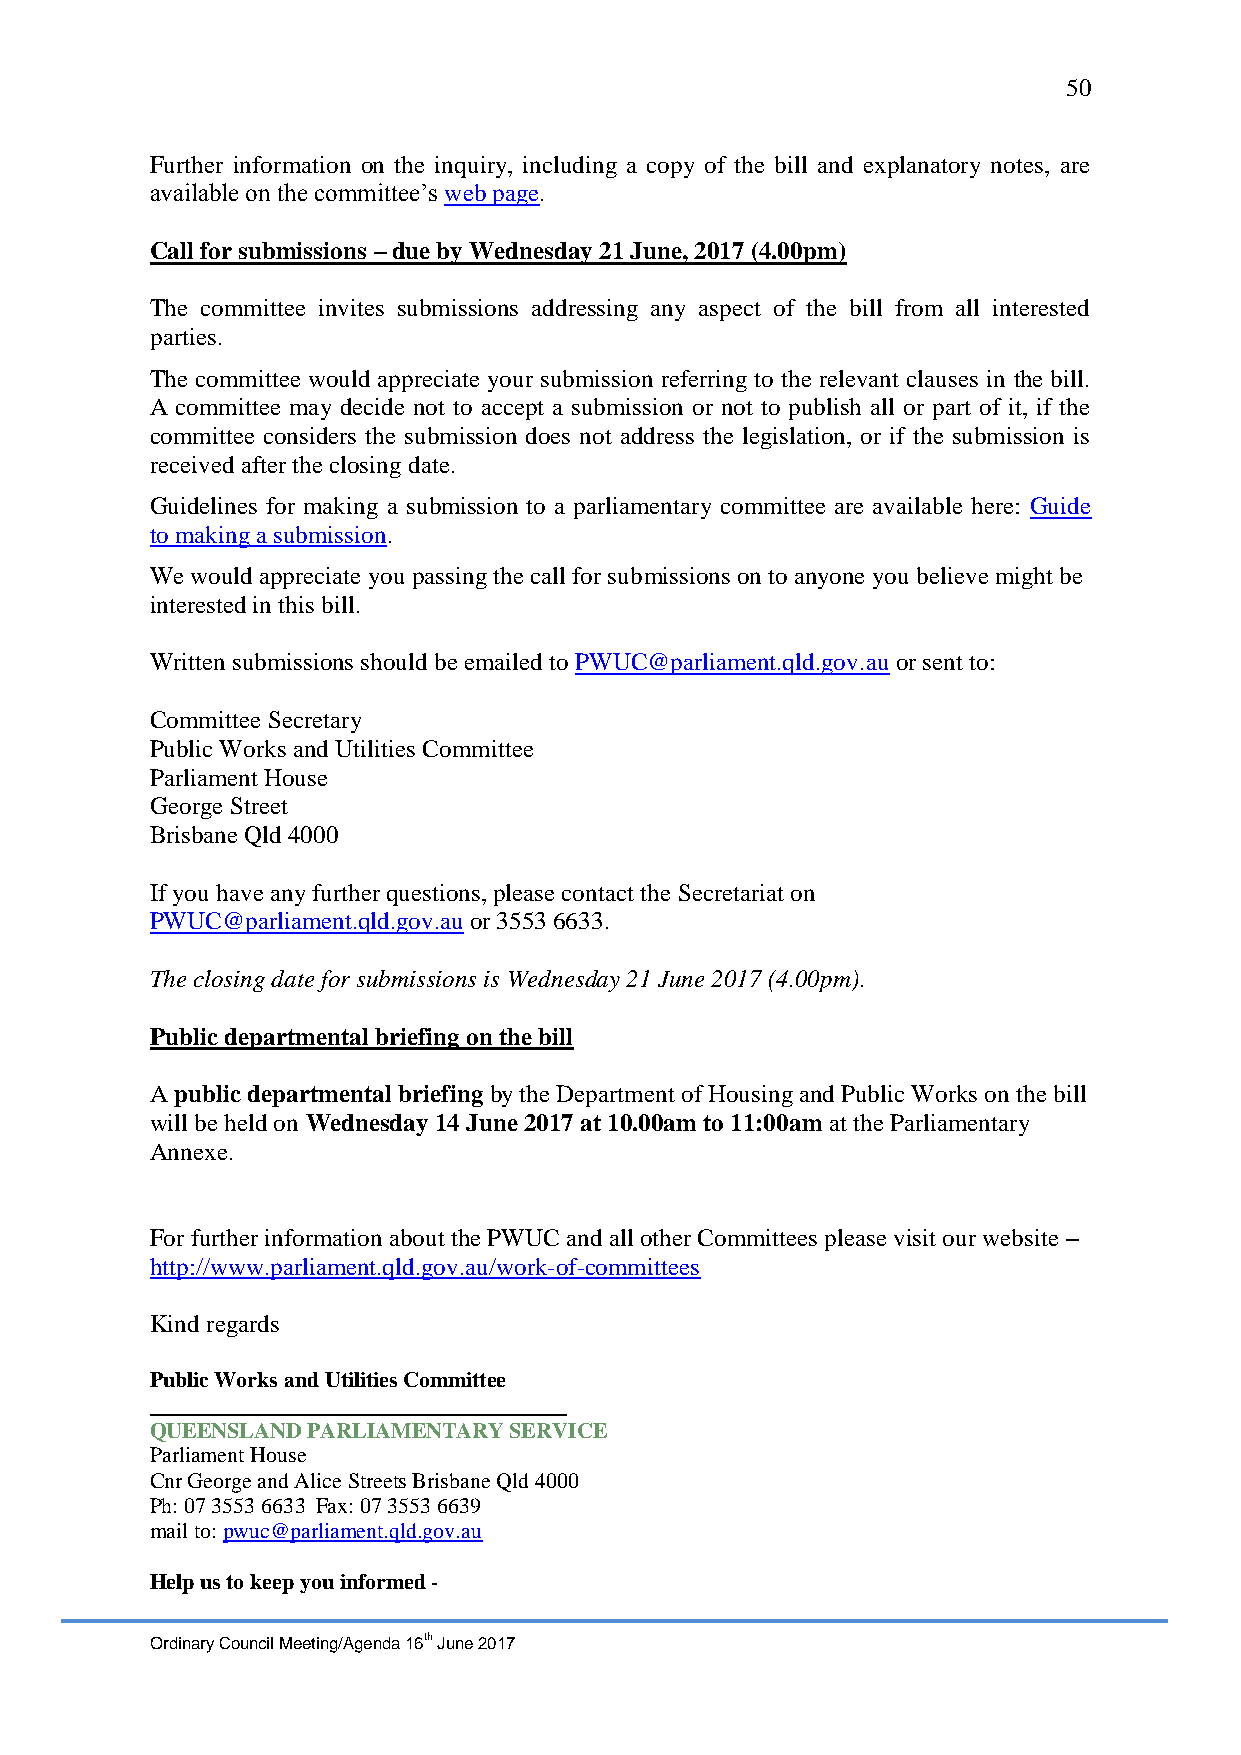
50
 Further information on the inquiry, including a copy of the bill and explanatory notes, are
 available on the committee’s web page.
 Call for submissions – due by Wednesday 21 June, 2017 (4.00pm)
 The committee invites submissions addressing any aspect of the bill from all interested
 parties.
 The committee would appreciate your submission referring to the relevant clauses in the bill.
 A committee may decide not to accept a submission or not to publish all or part of it, if the
 committee considers the submission does not address the legislation, or if the submission is
 received after the closing date.
 Guidelines for making a submission to a parliamentary committee are available here: Guide
 to making a submission.
 We would appreciate you passing the call for submissions on to anyone you believe might be
 interested in this bill.
 Written submissions should be emailed to PWUC@parliament.qld.gov.au or sent to:
 Committee Secretary
 Public Works and Utilities Committee
 Parliament House
 George Street
 Brisbane Qld 4000
 If you have any further questions, please contact the Secretariat on
 PWUC@parliament.qld.gov.au or 3553 6633.
 The closing date for submissions is Wednesday 21 June 2017 (4.00pm).
 Public departmental briefing on the bill
 A public departmental briefing by the Department of Housing and Public Works on the bill
 will be held on Wednesday 14 June 2017 at 10.00am to 11:00am at the Parliamentary
 Annexe.
 For further information about the PWUC and all other Committees please visit our website –
 http://www.parliament.qld.gov.au/work-of-committees
 Kind regards
 Public Works and Utilities Committee
 ______________________________________
 QUEENSLAND PARLIAMENTARY SERVICE
 Parliament House
 Cnr George and Alice Streets Brisbane Qld 4000
 Ph: 07 3553 6633 Fax: 07 3553 6639
 mail to: pwuc@parliament.qld.gov.au
 Help us to keep you informed -
 Ordinary Council Meeting/Agenda 16th June 2017